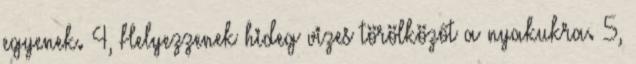
egyenek. 4, Helyezzenek hideg vizes törölközőt a nyakukra. 5,